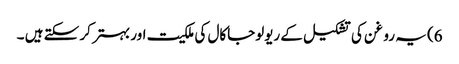
6) یہ روغن کی تشکیل کے ریولوجاکال کی ملکیت اور بہتر کر سکتے ہیں ۔